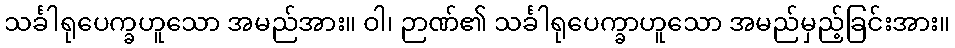
သင်္ခါရုပေက္ခဟူသော အမည်အား။ ဝါ၊ ဉာဏ်၏ သင်္ခါရုပေက္ခာဟူသော အမည်မှည့်ခြင်းအား။